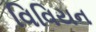
વિવિયન